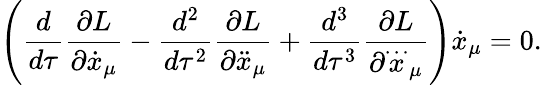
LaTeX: \left(\frac{d}{d\tau}\frac{\partial L}{\partial{\dot{x}}_{\mu}}-\frac{d^{2}}{d\tau^{2}}\frac{\partial L}{\partial{\ddot{x}}_{\mu}}+\frac{d^{3}}{d\tau^{3}}\frac{\partial L}{\partial{\stackrel{\ldots}{x}}_{\mu}}\right){\dot{x}}_{\mu}=0.